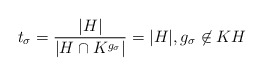
\begin{align*}t_\sigma = \frac{\vert H\vert}{\vert H \cap K^{g_\sigma}\vert} = \vert H\vert,g_\sigma \not\in KH\end{align*}